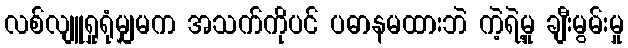
လစ်လျူရှုရုံမျှမက အသက်ကိုပင် ပဓာနမထားဘဲ ကဲ့ရဲ့မှု ချီးမွမ်းမှု